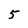
Character: 5